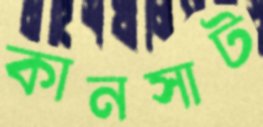
কানসাট